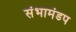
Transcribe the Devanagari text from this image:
संभामंडप